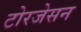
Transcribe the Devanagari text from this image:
टोरजेसन